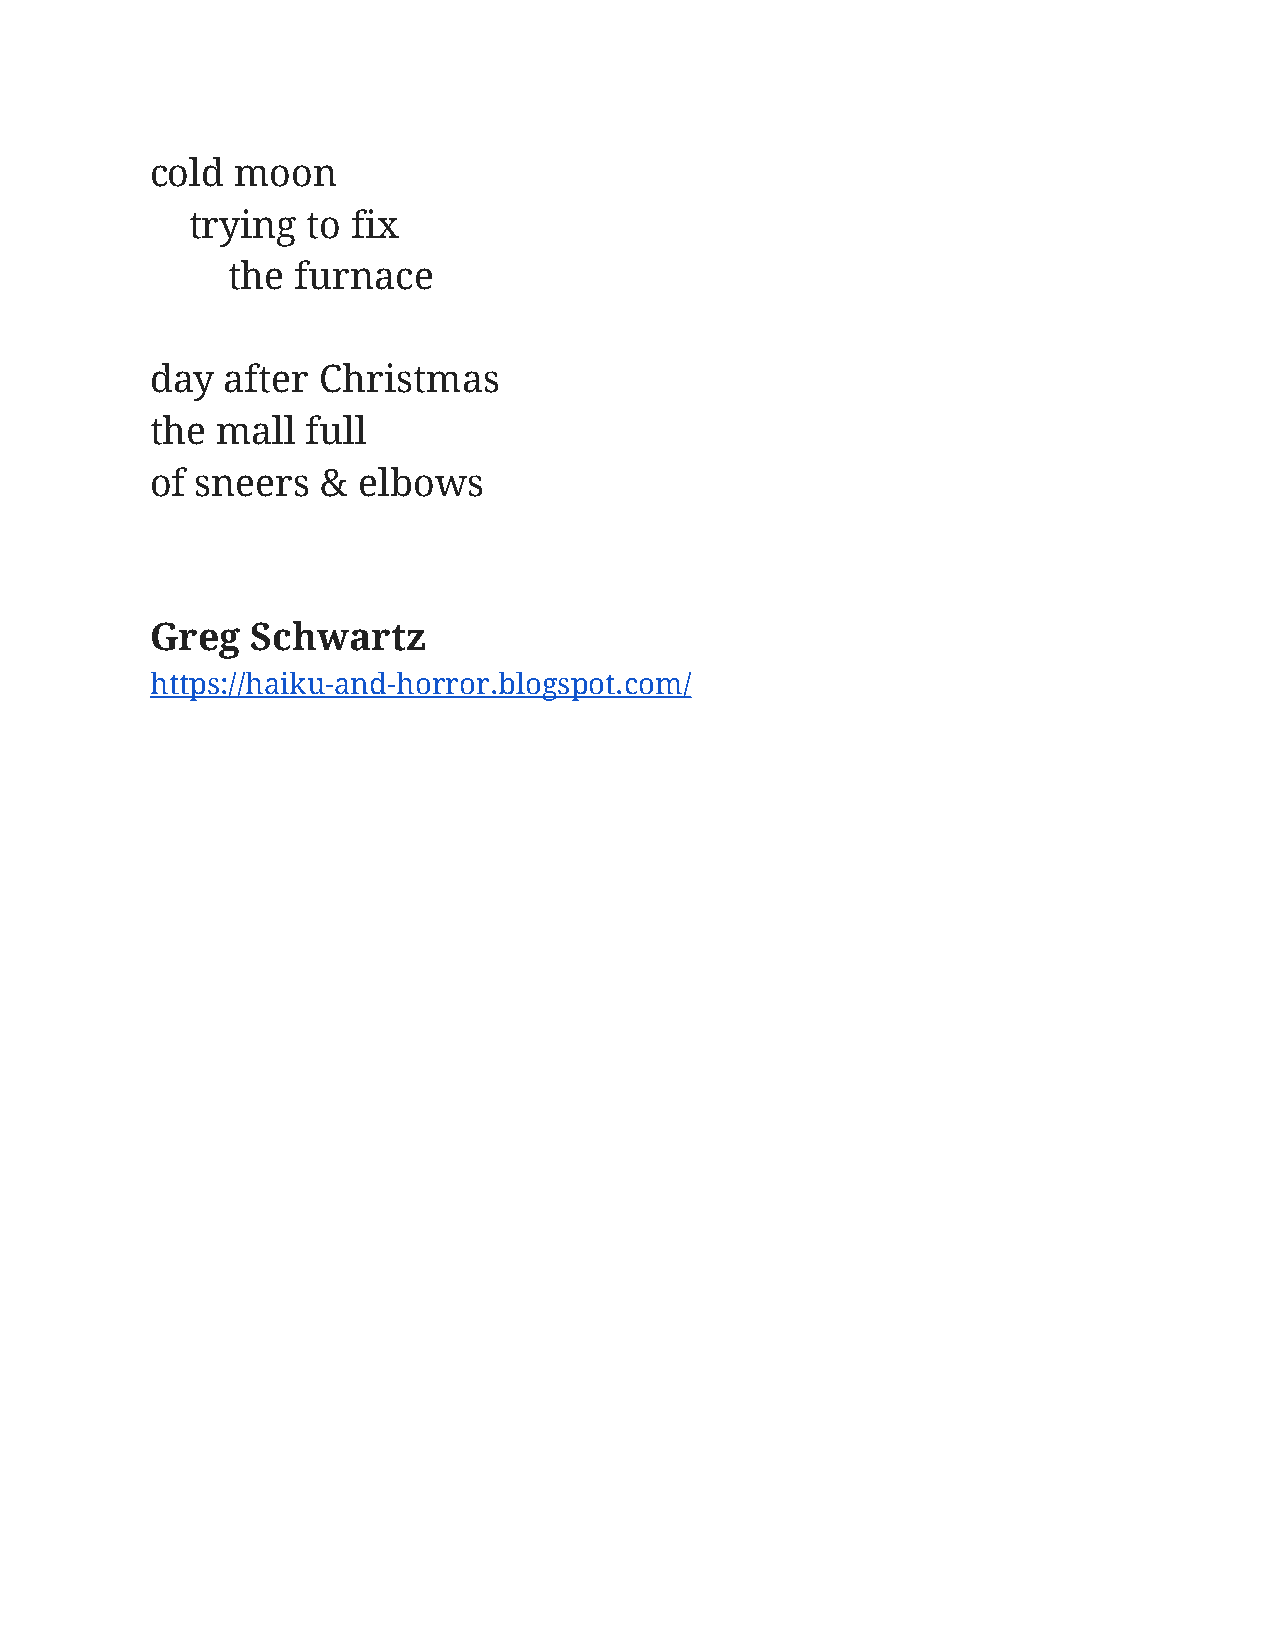
cold  moon
 trying to fix
 the  furnace
 day  after Christmas
 the mall  full
 of sneers  &  elbows
 Greg   Schwartz
 https://haiku-and-horror.blogspot.com/